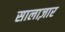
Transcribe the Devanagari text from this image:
सालाज़ार